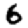
Digit: 6